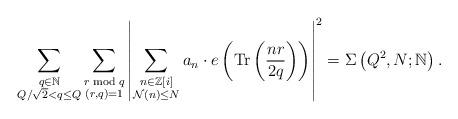
LaTeX: \begin{align*} \sum\limits_{\substack{q\in \mathbb{N}\\ Q/\sqrt{2}<q\le Q}} \sum\limits_{\substack{r \bmod{q}\\ (r,q)=1}} \left|\sum\limits_{\substack{n\in \mathbb{Z}[i]\\ \mathcal{N}(n)\le N}} a_n \cdot e\left(\mbox{\rm Tr}\left(\frac{nr}{2q}\right)\right)\right|^2= \Sigma\left(Q^2,N;\mathbb{N}\right).\end{align*}